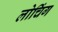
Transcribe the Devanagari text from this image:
लोचिंग